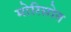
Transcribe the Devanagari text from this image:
मोरिसोत